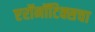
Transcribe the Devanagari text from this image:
एरॉनॉटिक्सचा